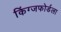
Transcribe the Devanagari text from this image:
किंग्जफोर्डला